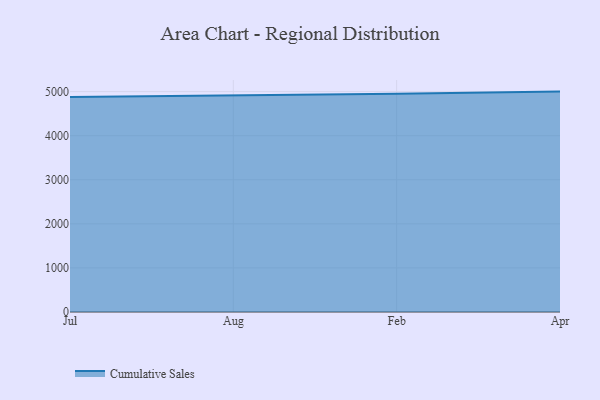
{"axis": {"x": "Month", "y": "Active Users"}, "legend": ["Cumulative Sales"], "data": [{"x": "Jul", "y": 4875.9, "type": "Cumulative Sales"}, {"x": "Aug", "y": 4909.7, "type": "Cumulative Sales"}, {"x": "Feb", "y": 4951.3, "type": "Cumulative Sales"}, {"x": "Apr", "y": 5000, "type": "Cumulative Sales"}]}